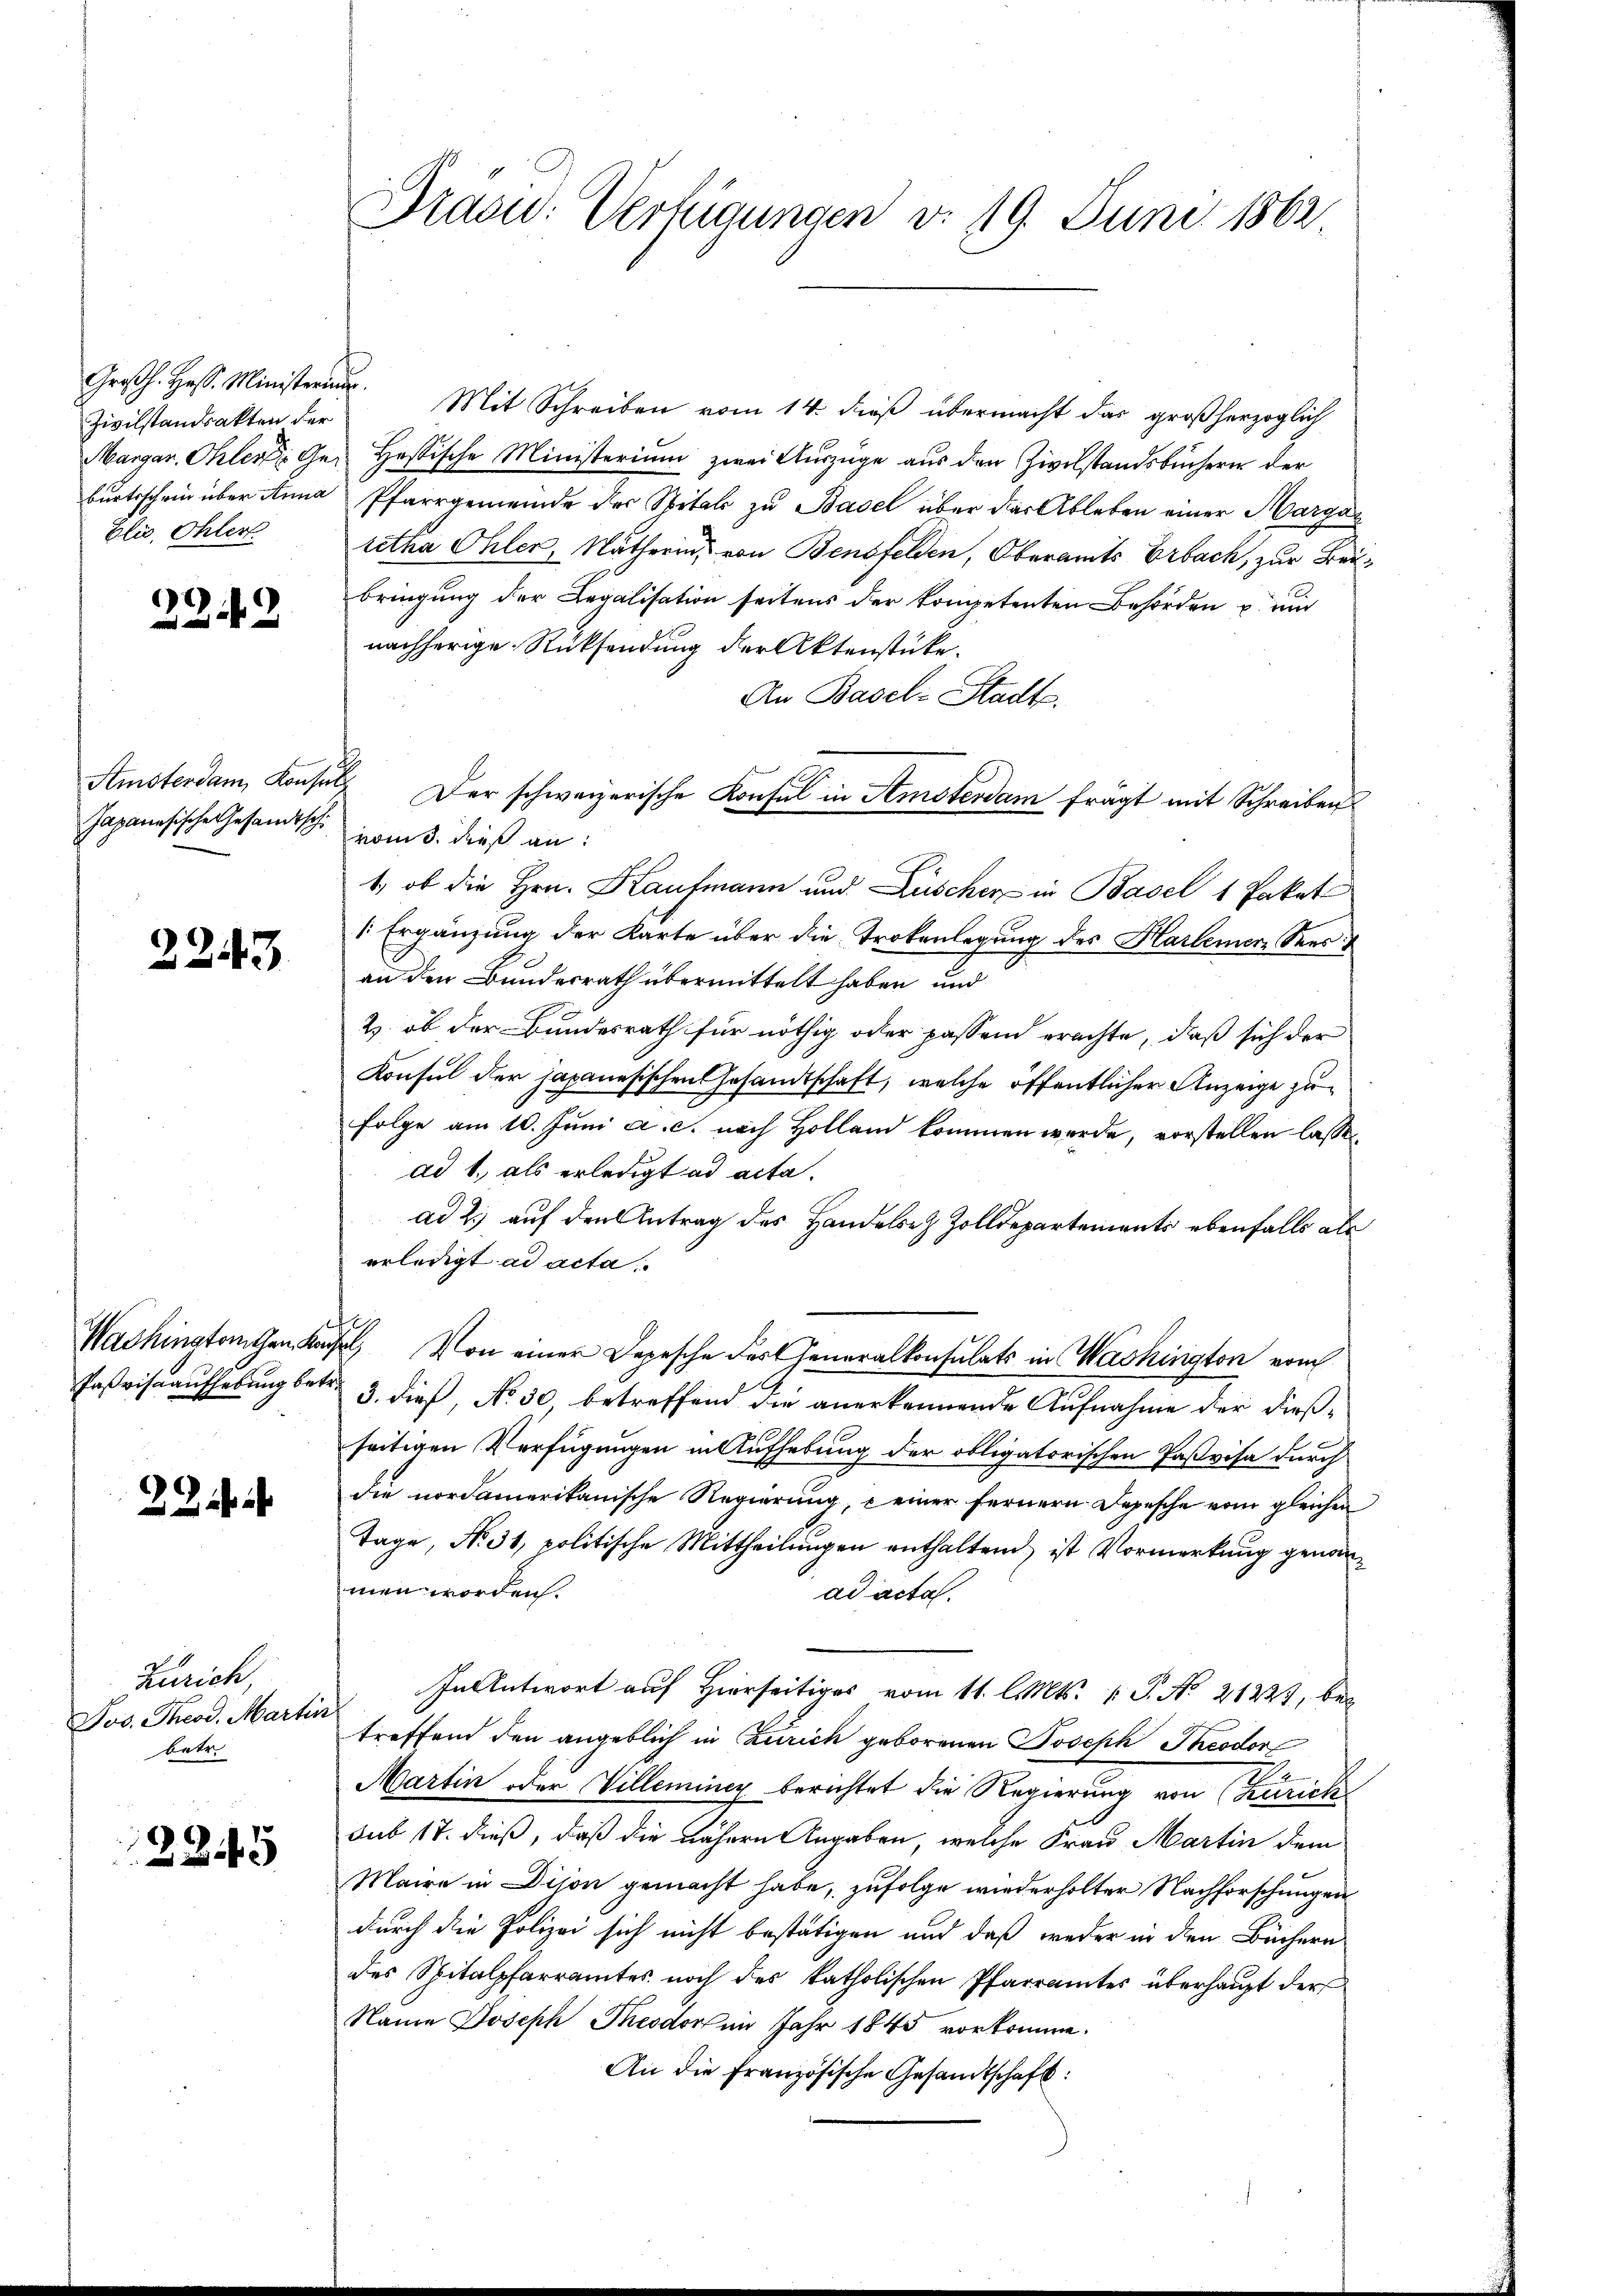
Zivilstandsakten der
blis, Ohlert

22.43

Japanesische Gesamtsche vom 3. dieß an:

2243

22

Zürich,
Jos. Theod. Martir
betr.

2845

Brasid: Verfügungen v. 19. Juni 1862.

Großh. Hess. Ministerin. Mit Schreiben vom 14. dieß übermacht das großherzoglich
Margar. Ohler Ges. Hassische Ministerium zwei Auszüge aus den Zivilstandsbüchern der
burtsschein über Anna Pfarrgemeinde der Spitals zu Basel über das Ableben einer Margar
retha Ohler, Nätherin von Bensfelden, Oberamts Erbach, zur Beibringung der Legalisation seitens der kompetenten Behörden u. und
nachherige Rücksendung der Aktenstücke.
An Basel-Stadts.
Amsterdam Konsul Der schweizerische Konsul in Amsterdam frägt mit Schreiben
1., ob die Hrn. Kaufmann und Lüscher in Basel 1 Paket
1 Ergänzung der Karte über die Trokenlegung des Harlamer Sees
an den Bundesrath übermittelt haben und
2) ob der Bundesrath für nöthig oder passen erachte, daß sich der
Konsul der japanesischen Gesandtschaft, welche öffentlicher Anzeige zu
Folge am 10. Juni a. c. nach Holland kommen werde, vorstellen lassen
ad 1., als erledigt ad acta.
ad 2.) auf den Antrag des Handelsez Zolldepartements ebenfalls als
erledigt ad acta
Washingten Karl, Von einer Depesche der Generalkonsulats in Washington vom
Paßrisaaufhebung betr. 3. dieß, No 30, betreffend die anerkennende Aufnahme der dießseitigen Verfügungen in Aufhebung der obligatorischen Paßvisa durch
die nordamerikanische Regierung, einer fernern Depesche vom gleichen
Tage, No. 31, politische Mittheilungen enthaltend, ist Vormerkung genanmen worden.
ad acta.
In Antwort auf Hierseits vom 11. l. Mts. v. P. No 21227, bei
treffend den angeblich in Zürich geborenen Joseph Theodor
Martin oder Villeminer berichtet die Regierung von Zürich
sub 17. dieß, daß die nähern Angaben, welche Frau Martin dem
Maire in Dison gemacht habe, zufolge wiederholter Nachforschungen
durch die Polizei sich nicht bestätigen und daß weder in den Büchern
des Spitalpfarramtes noch des katholischen Pfarramtes überhaupt der
Name Joseph Theodor im Jahr 1845 vorkomme.
An die französische Gesandtschaft: